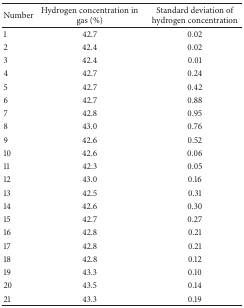
<table><thead><tr><td><b>Number</b></td><td><b>Hydrogen concentration in gas (%)</b></td><td><b>Standard deviation of hydrogen concentration</b></td></tr></thead><tbody><tr><td>1</td><td>42.7 </td><td>0.02</td></tr><tr><td>2</td><td>42.4 </td><td>0.02</td></tr><tr><td>3</td><td>42.4 </td><td>0.01</td></tr><tr><td>4</td><td>42.7 </td><td>0.24</td></tr><tr><td>5</td><td>42.7 </td><td>0.42</td></tr><tr><td>6</td><td>42.7 </td><td>0.88</td></tr><tr><td>7</td><td>42.8 </td><td>0.95</td></tr><tr><td>8</td><td>43.0 </td><td>0.76</td></tr><tr><td>9</td><td>42.6 </td><td>0.52</td></tr><tr><td>10</td><td>42.6 </td><td>0.06</td></tr><tr><td>11</td><td>42.3 </td><td>0.05</td></tr><tr><td>12</td><td>43.0 </td><td>0.16</td></tr><tr><td>13</td><td>42.5 </td><td>0.31</td></tr><tr><td>14</td><td>42.6 </td><td>0.30</td></tr><tr><td>15</td><td>42.7 </td><td>0.27</td></tr><tr><td>16</td><td>42.8 </td><td>0.21</td></tr><tr><td>17</td><td>42.8 </td><td>0.21</td></tr><tr><td>18</td><td>42.8 </td><td>0.12</td></tr><tr><td>19</td><td>43.3 </td><td>0.10</td></tr><tr><td>20</td><td>43.5 </td><td>0.14</td></tr><tr><td>21</td><td>43.3 </td><td>0.19</td></tr></tbody></table>